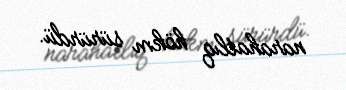
narahatlıq hökm sürürdü.